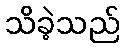
သိခဲ့သည်